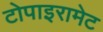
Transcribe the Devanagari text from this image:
टोपाइरामेट